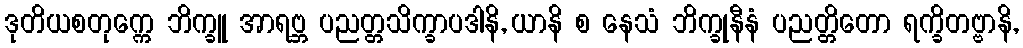
ဒုတိယစတုက္ကေ ဘိက္ခူ အာရဗ္ဘ ပညတ္တသိက္ခာပဒါနိ, ယာနိ စ နေသံ ဘိက္ခုနီနံ ပညတ္တိတော ရက္ခိတဗ္ဗာနိ,